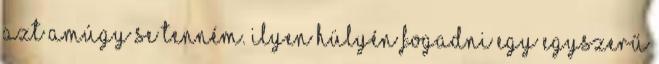
azt amúgy se tenném. Ilyen hülyén fogadni egy egyszerű